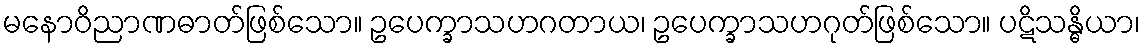
မနောဝိညာဏဓာတ်ဖြစ်သော။ ဥပေက္ခာသဟဂတာယ၊ ဥပေက္ခာသဟဂုတ်ဖြစ်သော။ ပဋိသန္ဓိယာ၊